Newspaper: Kansas City daily journal. [volume]
Place of publication: Kansas City, Mo.
Publisher: Journal Co.
Date: 1895-09-10 00:00:00
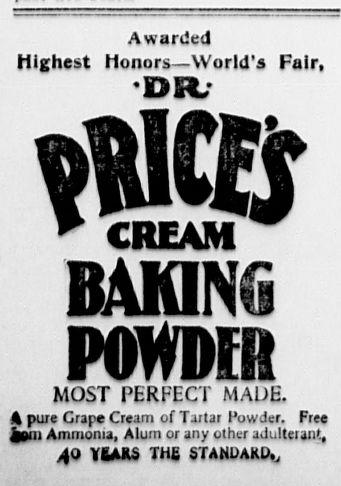
Advertisement text (OCR):
Awarded Highest Honors World's Fair, DRr CREAM BANNi POMDffH MOST PERFECT MADE. A puie Crape Cream of Tartar Powder. Free jjhi Ammonia, Alum or any other adulterant, JO YEARS THE STANDARD,,
Label: text-only